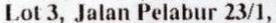
LOT 3, JALAN PELABUR 23/1,